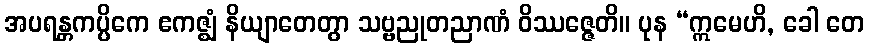
အပရန္တကပ္ပိကေ ဧကဇ္ဈံ နိယျာတေတွာ သဗ္ဗညုတညာဏံ ဝိဿဇ္ဇေတိ။ ပုန “ဣမေဟိ, ခေါ တေ